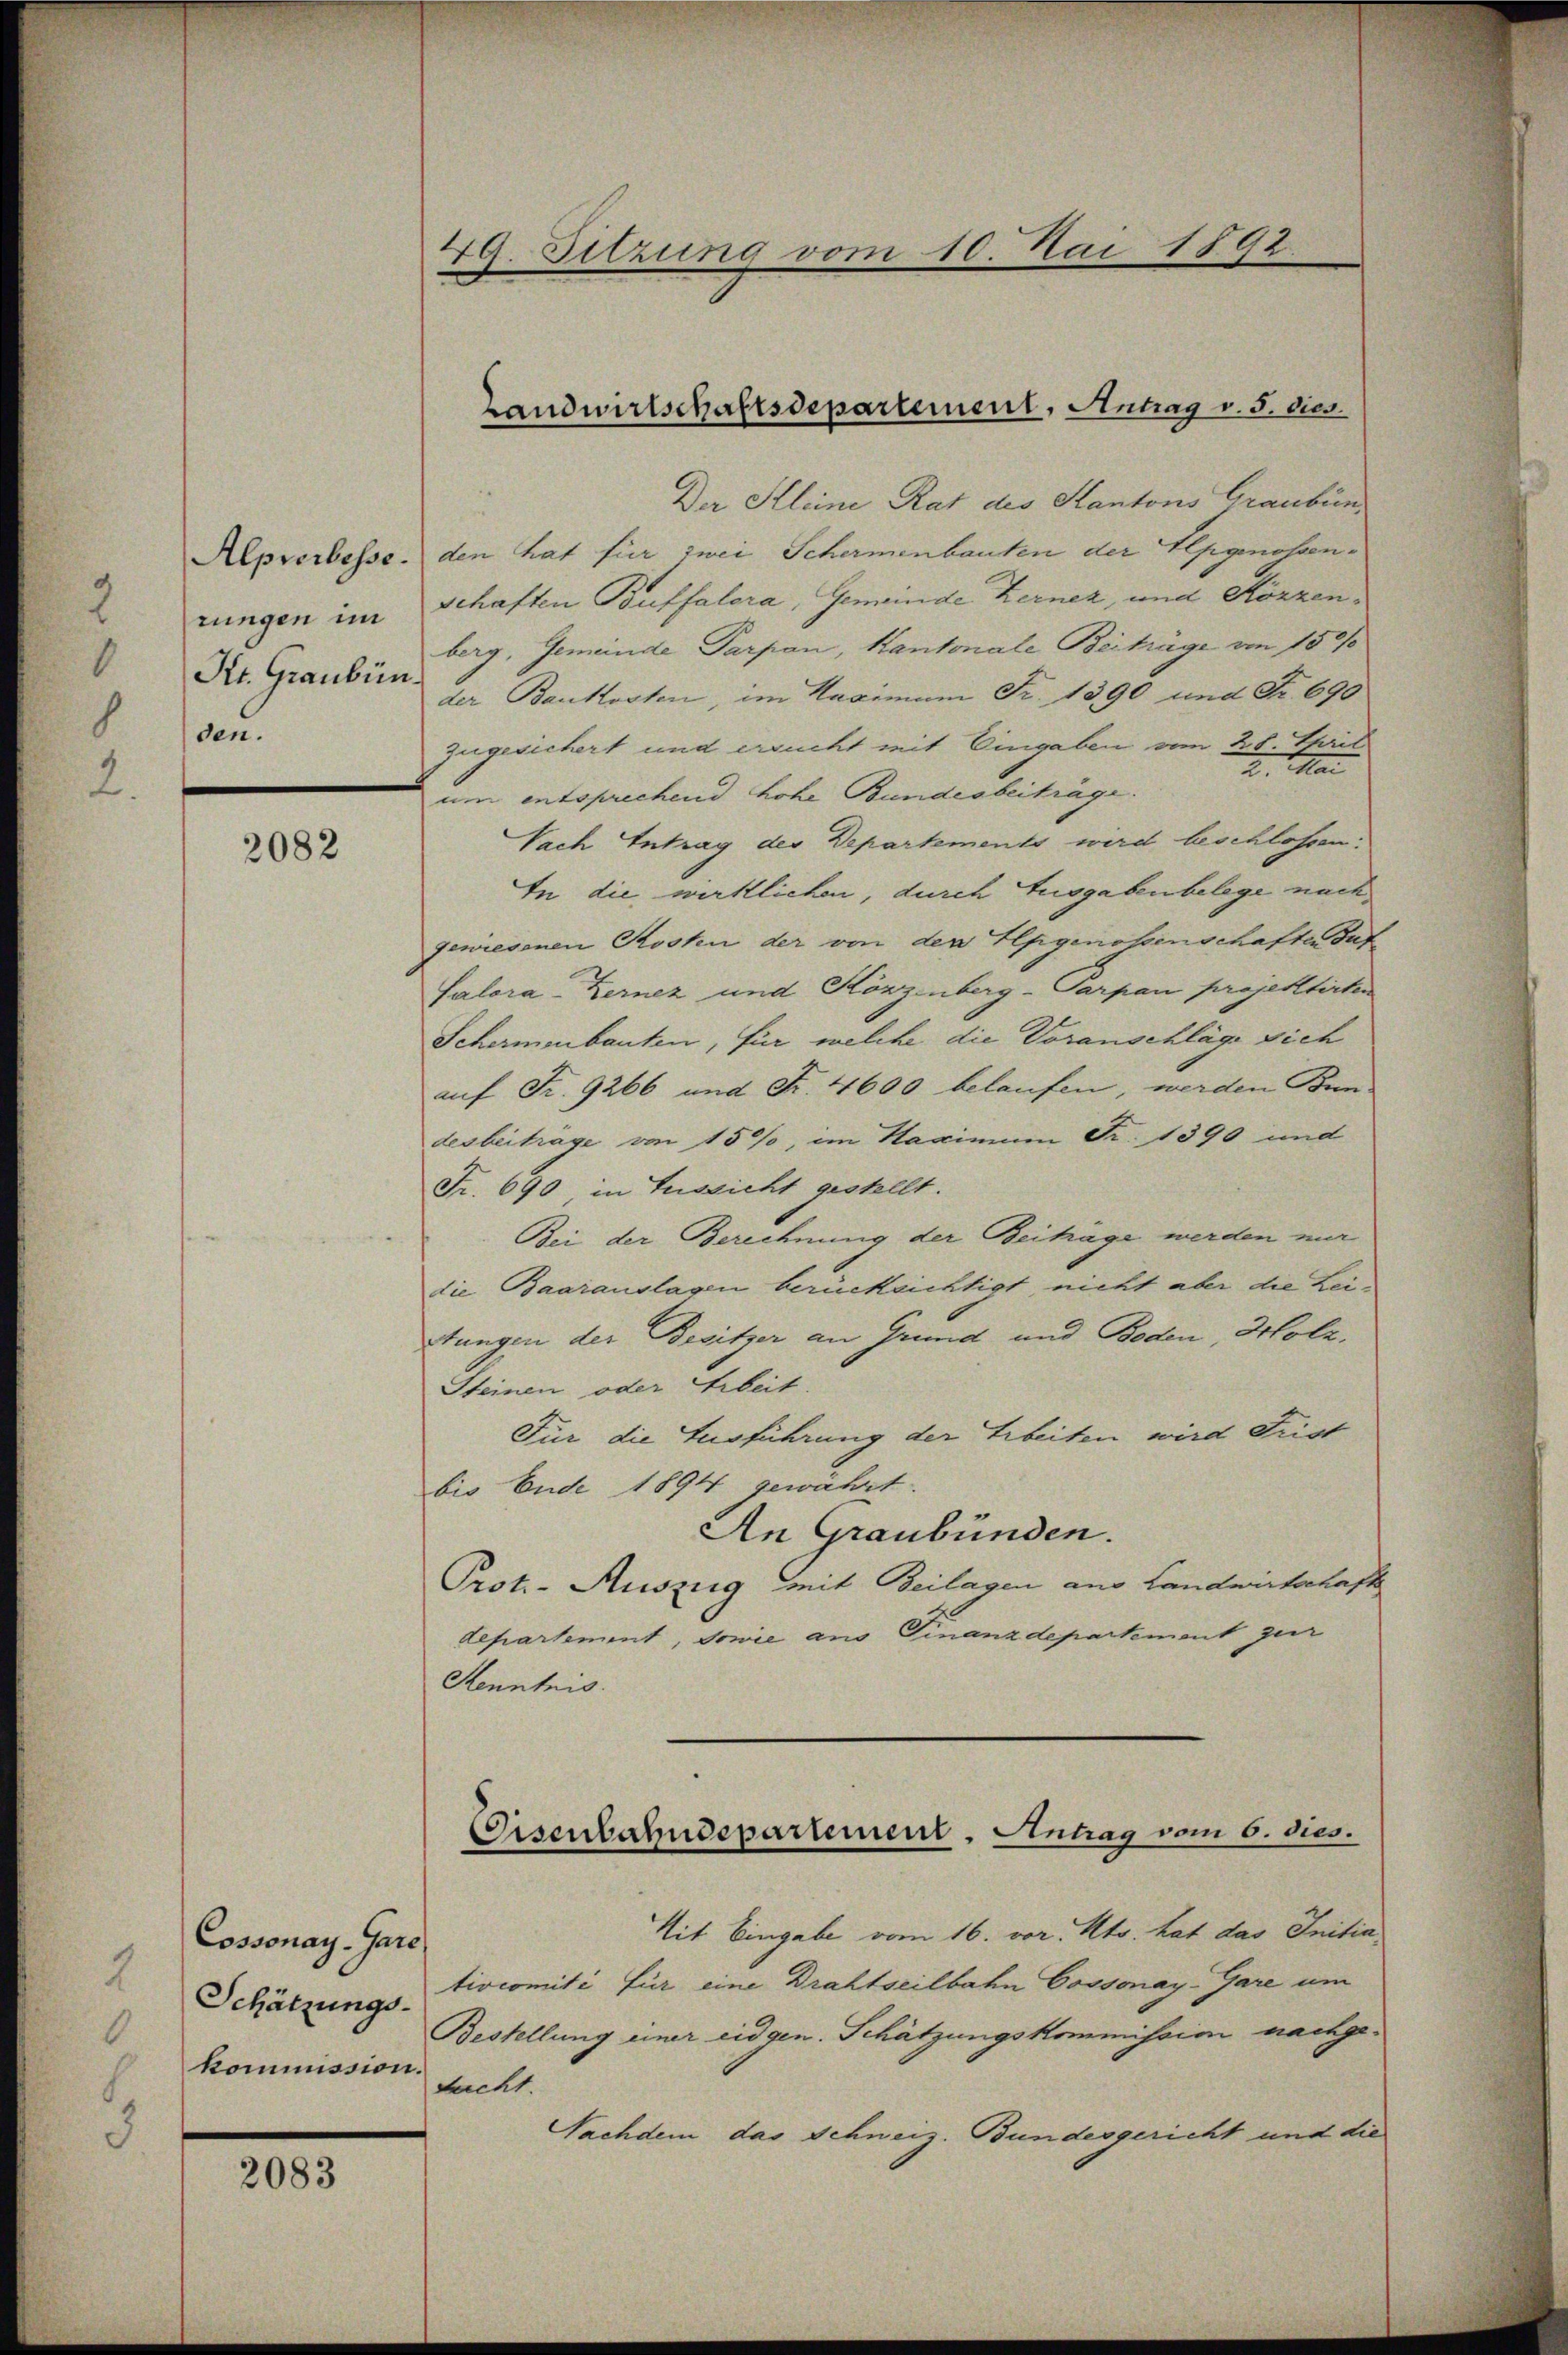
Alpserbesse.
rungen im
Kt. Graubünden.

2082

Cossonay-Gare
Schätzungskommission.

2083

49. Sitzung vom 10. Mai 1892.

Der Kleine Rat des Stantons Graubün
den hat für zwei Schermenbauten der Alpgenossenschaften Buffalora, Gemeinde Kerner, und Körzenberg, Gemeinde Parpan, Kantonale Beiträge von 150/0
der Baukosten, im Maximum Fr. 1390 und Fr. 690
zugesichert und ersucht mit Eingaben vom 28. April
2. Mai
ue entsprechend hohe Bundesbeiträge.
Nach Antrag der Departements wird beschlossen:
In die wirklichen, durch Ausgaben belege nachgewiesenen Kosten der von der Alpgenossenschaften suf
Salora-Kernez und Körzenberg-Parpan projektirten
Schermenbauten, für welche die Voranschläge sich
auf Fr. 9266 und Fr. 4600 belaufen, werden Bun-
desbeiträge von 15%, im Haximum Fr. 1390 und
Fr. 690, in Aussicht gestellt.
Bei der Berechnung der Beiträge werden nur
die Baarauslagen berücksichtigt nicht aber die Leistungen der Besitzer an Grund und Boden, Holz.
Steinen oder Arbeit.
Für die Ausführung der Arbeiten wird Frist
bis Ende 1894 gewährt.
An Graubünden.
Prote-Auszug mit Beilagen aus Landwirtschaft
departement, sowie aus Finanzdepartement zur
Kenntnis.
Mit Eingabe vom 16. vor. Mts. hat das Initiativcomité für eine Drahtseilbahn Cossonay-Gare um
Bestellung einer eidgen. Schätzungskommission nachgetucht.
Nachdem das Schneiz. Bundesgericht und die

Landwirtschaftsdepartement, Antrag v. 5. dies

Eisenbahndepartement, Antrag vom 6. dies.